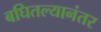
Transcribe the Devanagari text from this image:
बघितल्यानंतर